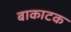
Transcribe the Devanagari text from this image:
बाकाटक